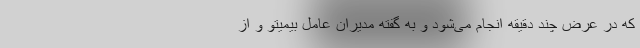
که در عرض چند دقیقه انجام می‌شود و به گفته مدیران عامل بیمیتو و از